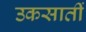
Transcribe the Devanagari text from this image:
उकसातीं